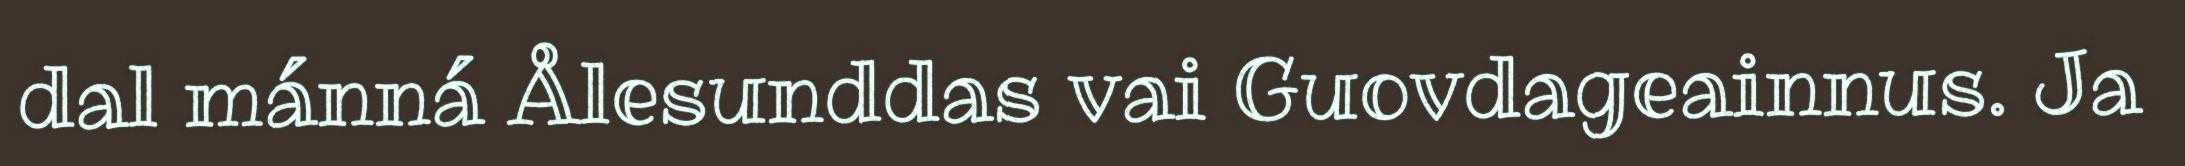
dal mánná Ålesunddas vai Guovdageainnus. Ja